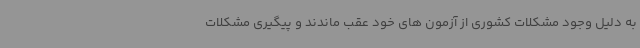
به دلیل وجود مشکلات کشوری از آزمون های خود عقب ماندند و پیگیری مشکلات